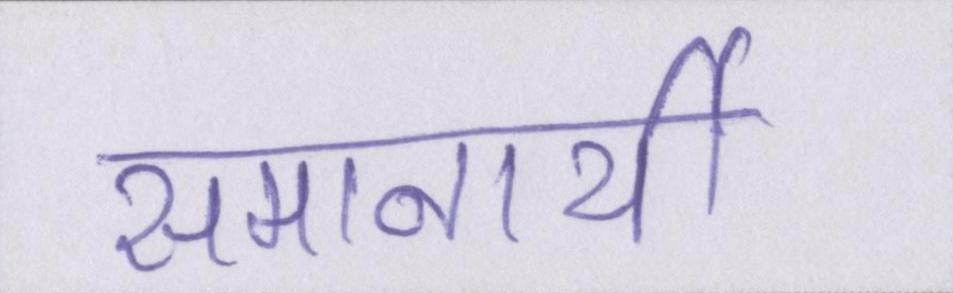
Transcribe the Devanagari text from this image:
समानार्थी